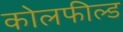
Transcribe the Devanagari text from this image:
काेलफील्ड